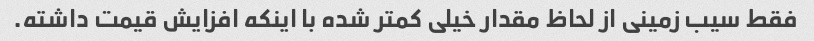
فقط سیب زمینی از لحاظ مقدار خیلی کمتر شده با اینکه افزایش قیمت داشته.